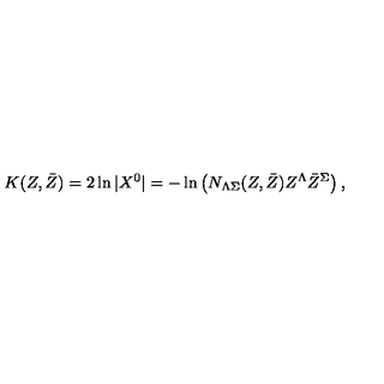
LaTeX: K ( Z , \bar { Z } ) = 2 \ln | X ^ { 0 } | = - \ln \left( N _ { \Lambda \Sigma } ( Z , \bar { Z } ) Z ^ { \Lambda } \bar { Z } ^ { \Sigma } \right) ,